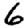
Digit: 6